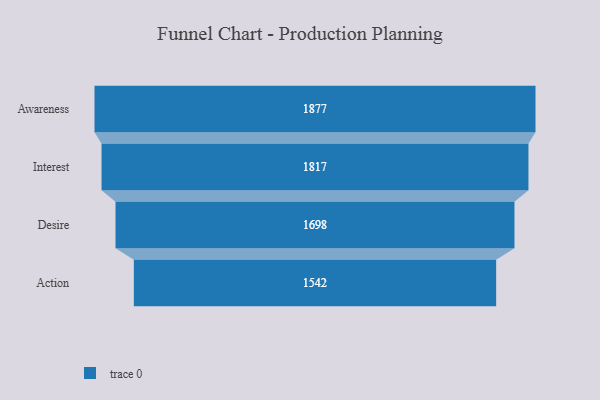
{"axis": {"x": "Stage", "y": "Value"}, "legend": [""], "data": [{"x": "Awareness", "y": 1877.0, "type": ""}, {"x": "Interest", "y": 1817.0, "type": ""}, {"x": "Desire", "y": 1698.0, "type": ""}, {"x": "Action", "y": 1542.0, "type": ""}]}